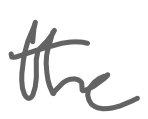
Text: the
Cross-out: clean
Writing tool: digital_gray